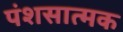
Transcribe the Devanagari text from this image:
पंशसात्मक